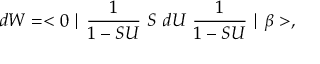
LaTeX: d W = < 0 \mid \frac { 1 } { 1 - S U } ~ S ~ d U ~ \frac { 1 } { 1 - S U } \mid \beta > ,